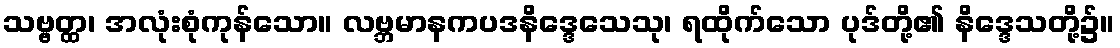
သဗ္ဗတ္ထ၊ အလုံးစုံကုန်သော။ လဗ္ဘမာနကပဒနိဒ္ဒေသေသု၊ ရထိုက်သော ပုဒ်တို့၏ နိဒ္ဒေသတို့၌။